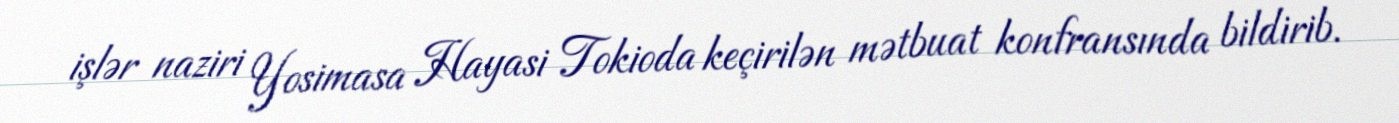
işlər naziri Yosimasa Hayasi Tokioda keçirilən mətbuat konfransında bildirib.